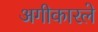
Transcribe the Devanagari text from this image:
अगीकारले